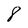
Character: 8